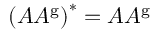
\left( A A ^ { \mathrm { g } } \right) ^ { * } = A A ^ { \mathrm { g } }